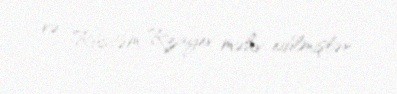
və Rüstəm Rzayev məhv edilmişlər.